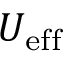
U _ { \mathrm { e f f } }